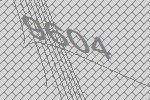
9604